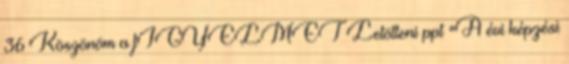
36 Köszönöm a fIGYELMET Letölteni ppt "A évi képzési